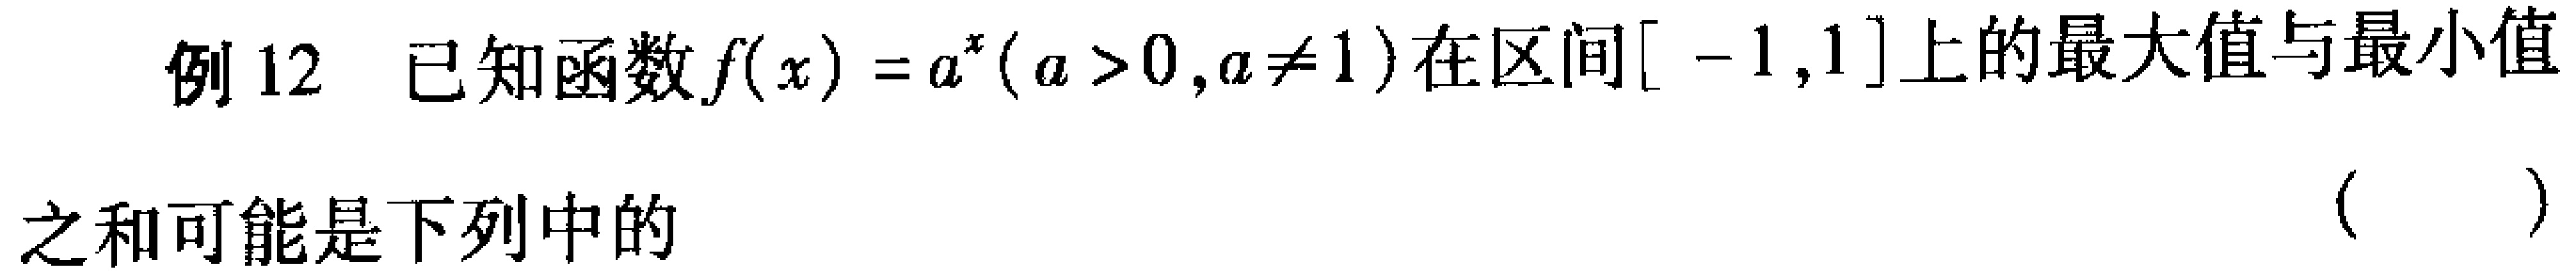
例12 已知函数\(f(x)=a^{x}(a > 0,a\neq1)\)在区间\([ - 1,1]\)上的最大值与最小值
之和可能是下列中的 （  ）